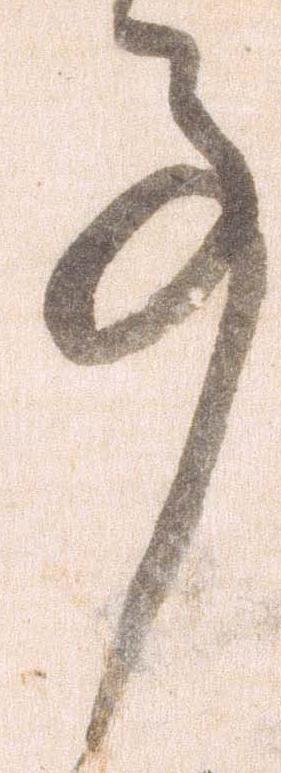
事